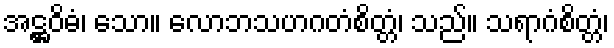
အဋ္ဌဝိဓံ၊ သော။ လောဘသဟဂတံစိတ္တံ၊ သည်။ သရာဂံစိတ္တံ၊